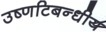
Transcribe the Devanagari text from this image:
उष्णटिबन्धीय